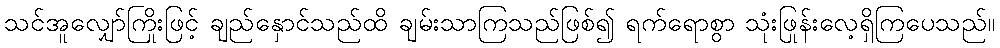
သင်အူလျှော်ကြိုးဖြင့် ချည်နှောင်သည်ထိ ချမ်းသာကြသည်ဖြစ်၍ ရက်ရောစွာ သုံးဖြုန်းလေ့ရှိကြပေသည်။